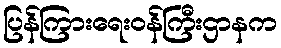
ပြန်ကြားရေးဝန်ကြီးဌာနက